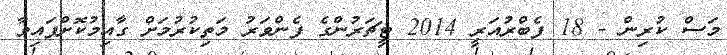
މަސް ކުރިން - 18 ފެބްރުއަރީ 2014 ޓީޗަރުންގެ ފެންވަރު މަތިކުރުމަށް ގާއިމުކޮށްފައިވާ